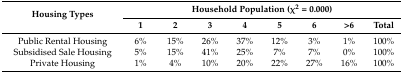
<table><thead><tr><td rowspan="2"><b>Housing Types</b></td><td colspan="8"><b>Household Population (χ<sup>2</sup> = 0.000)</b></td></tr><tr><td><b>1</b></td><td><b>2</b></td><td><b>3</b></td><td><b>4</b></td><td><b>5</b></td><td><b>6</b></td><td><b>&gt;6</b></td><td><b>Total</b></td></tr></thead><tbody><tr><td>Public Rental Housing</td><td>6%</td><td>15%</td><td>26%</td><td>37%</td><td>12%</td><td>3%</td><td>1%</td><td>100%</td></tr><tr><td>Subsidised Sale Housing</td><td>5%</td><td>15%</td><td>41%</td><td>25%</td><td>7%</td><td>7%</td><td>0%</td><td>100%</td></tr><tr><td>Private Housing</td><td>1%</td><td>4%</td><td>10%</td><td>20%</td><td>22%</td><td>27%</td><td>16%</td><td>100%</td></tr></tbody></table>